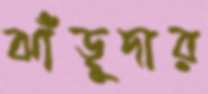
ঝাঁড়ুদার